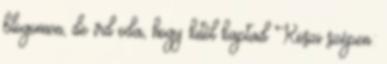
blogomon, de írd oda, hogy kitől kaptad Köszi szépen: